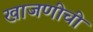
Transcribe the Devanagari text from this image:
खाजणीची